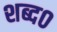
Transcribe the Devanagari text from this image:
शब्द०